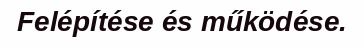
Felépítése és működése.